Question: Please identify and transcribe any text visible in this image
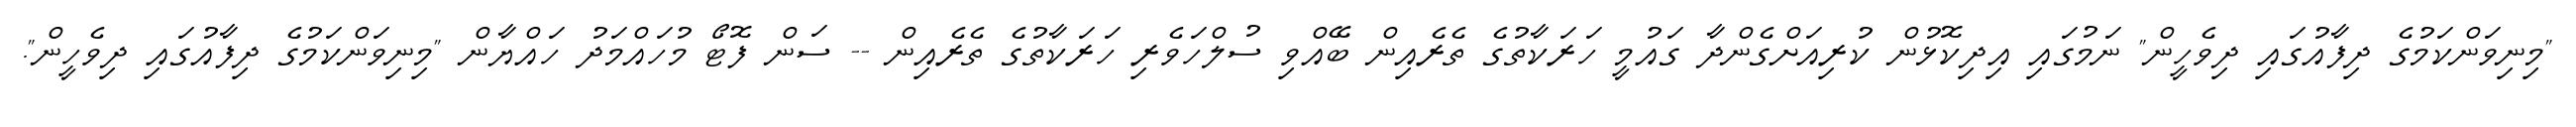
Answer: "މިނިވަންކަމުގެ ދިފާއުގައި ދިވެހީން" ނަމުގައި އިދިކޮޅުން ކުރިއަށްގެންދާ ގައުމީ ހަރަކާތުގެ ތެރެއިން ބޭއްވި ސުލްހަވެރި ހަރަކާތުގެ ތެރެއިން -- ސަން ފޮޓޯ މުހައްމަދު ހައްޔާން "މިނިވަންކަމުގެ ދިފާއުގައި ދިވެހީން".